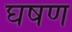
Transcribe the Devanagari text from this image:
घषण